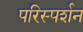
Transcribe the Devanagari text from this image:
परिस्‍पर्शन